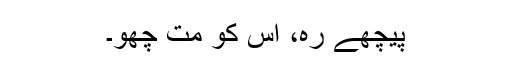
پیچھے رہ، اس کو مت چھو۔